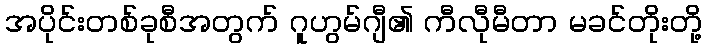
အပိုင်းတစ်ခုစီအတွက် ဂူဟွမ်ဂျီ၏ ကီလီုမီတာ မခင်တိုးတို့